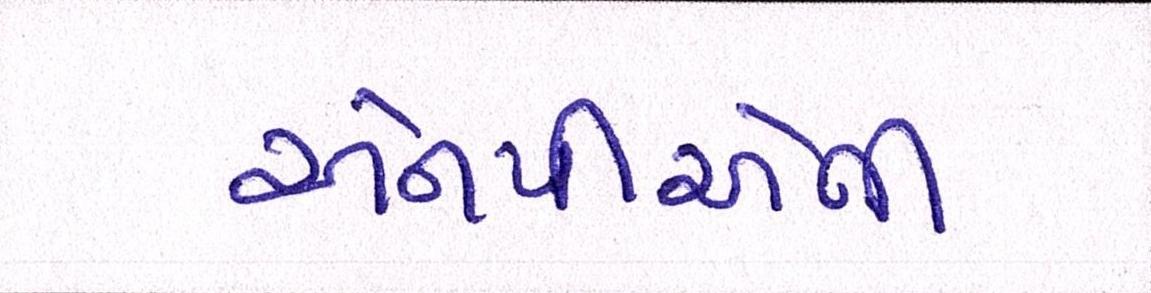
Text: એનપીએની